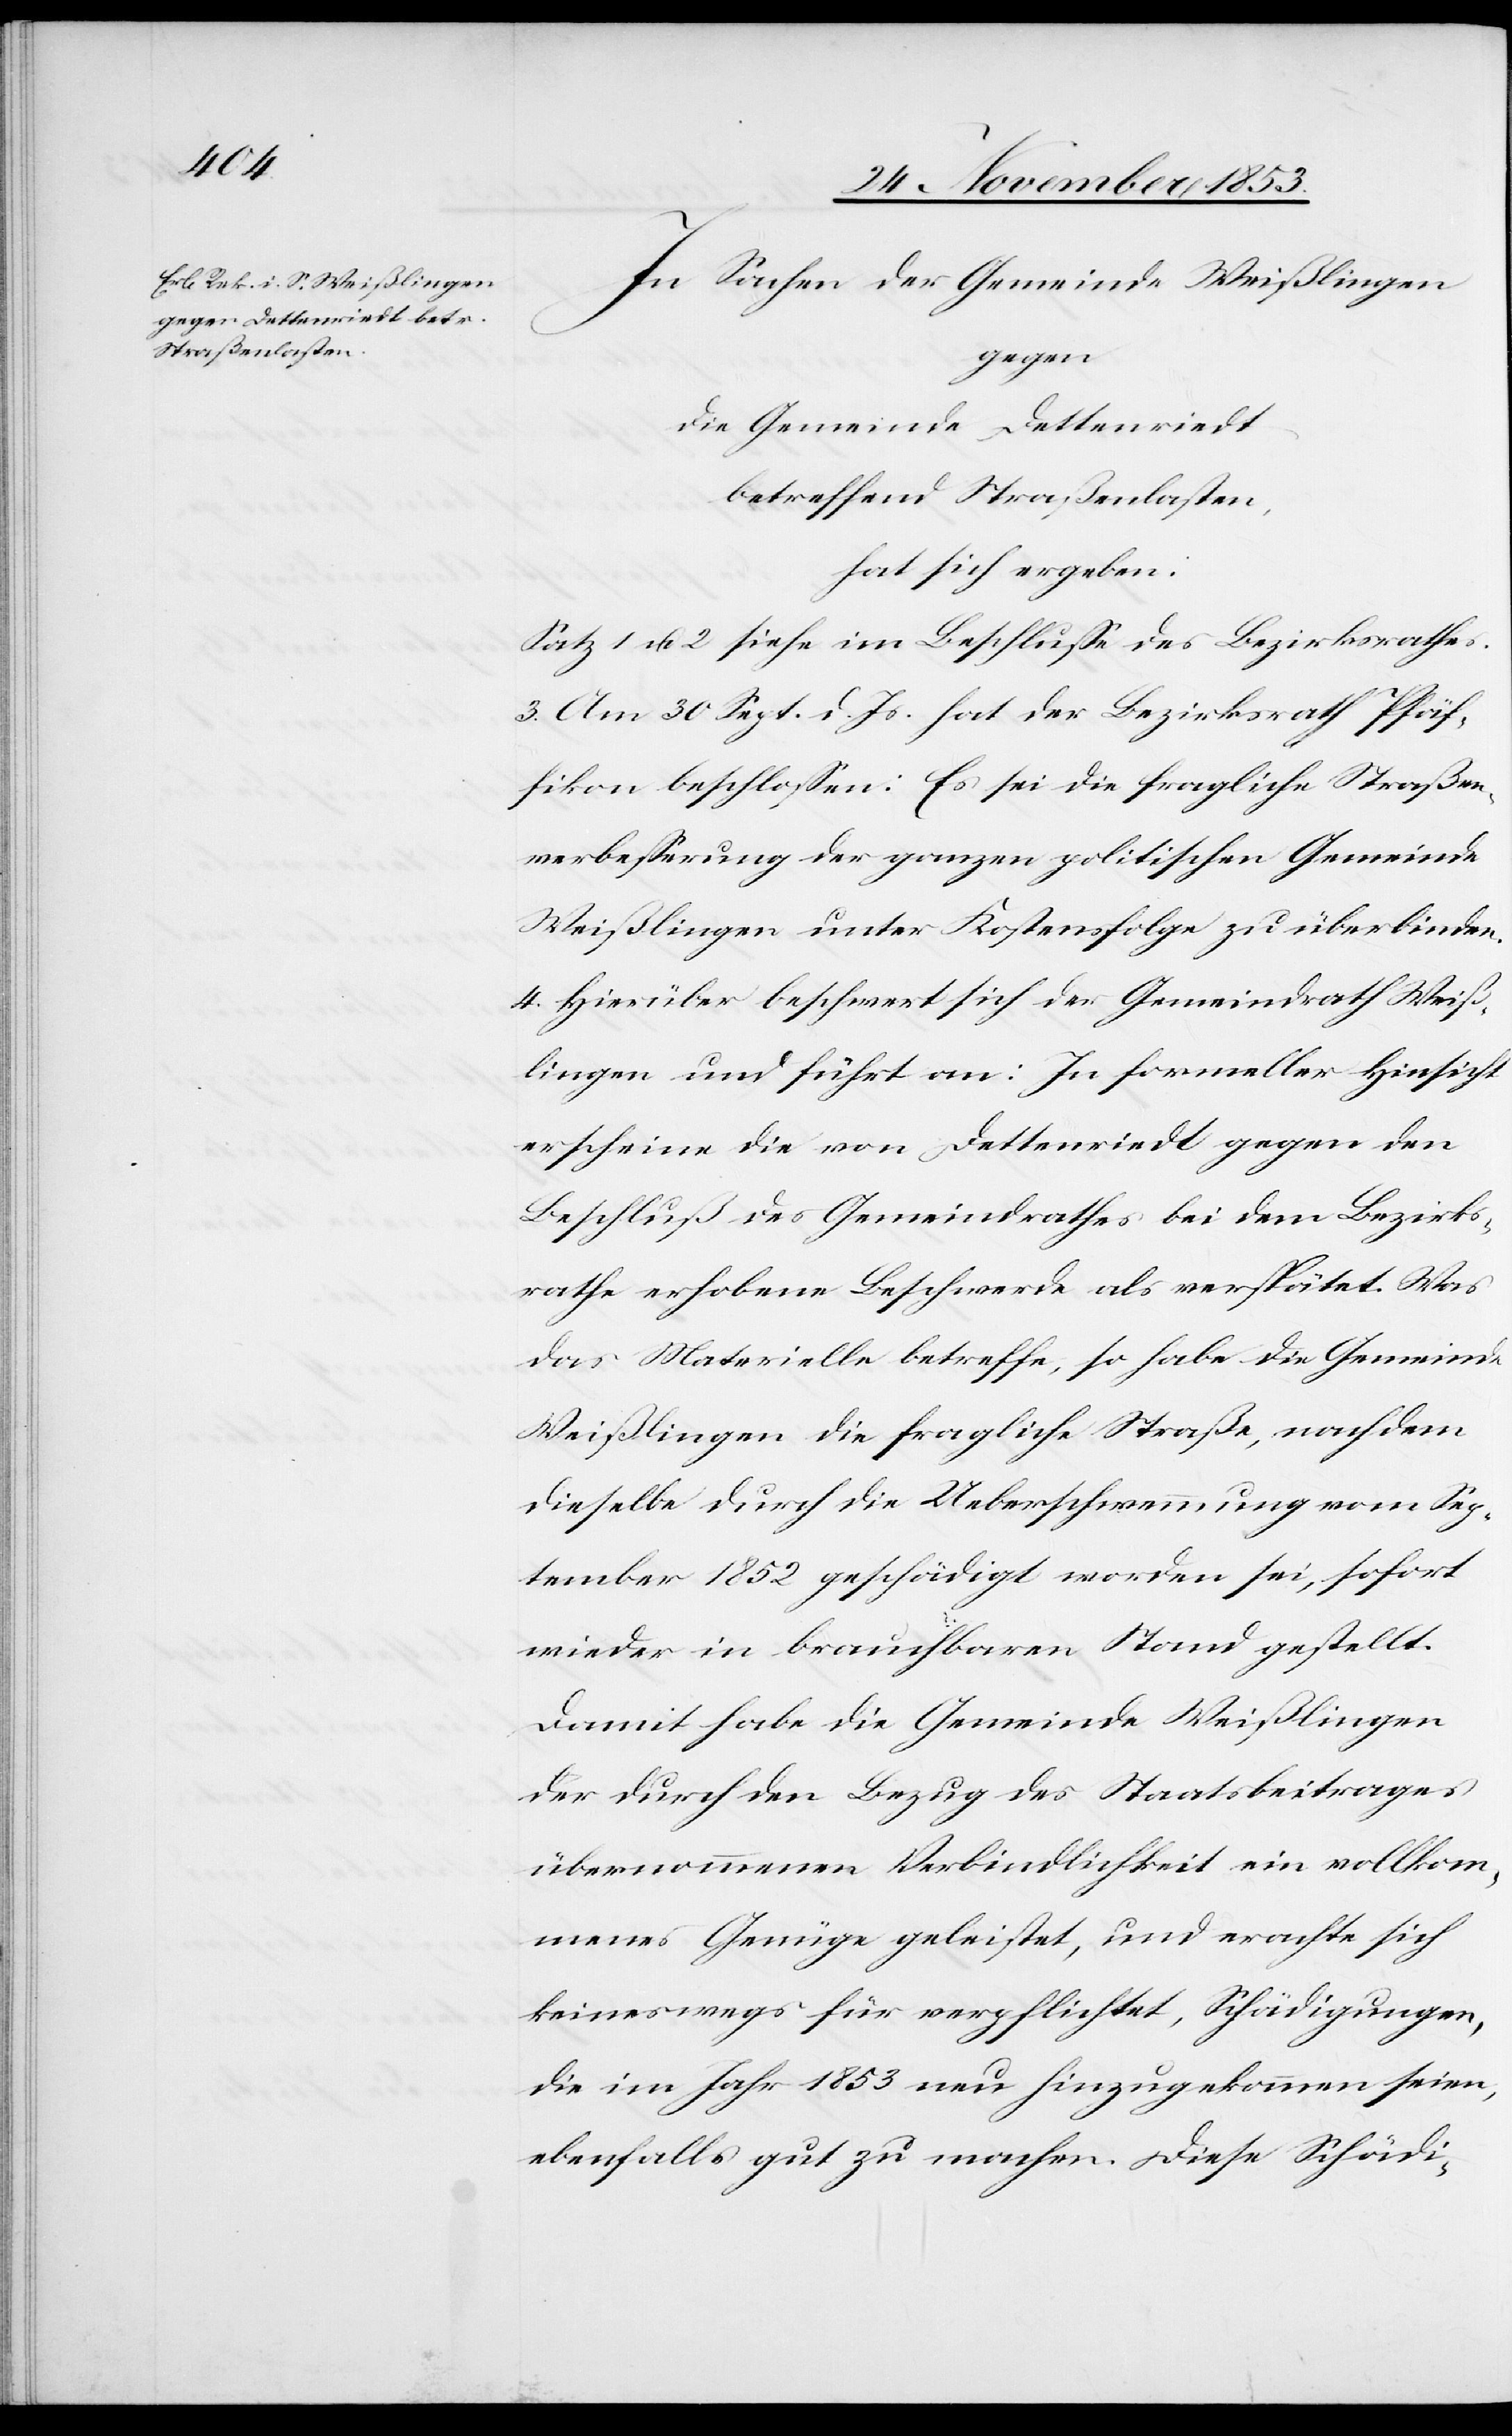
In Sachen der Gemeinde Weißlingen
gegen
die Gemeinde Dettenriedt
betreffend Straßenlasten,
hat sich ergeben:
Satz 1 u. 2 siehe im Beschluß des Bezirksrathes.
3. Am 30 Sept. l. Js. hat der Bezirksrath Pfäf¬
fikon beschloßen: Es sei die fragliche Straßen¬
verbeßerung der ganzen politischen Gemeinde
Weißlingen unter Kostenfolge zu überbinden.
4. Hierüber beschwert sich der Gemeindrath Weiß¬
lingen und führt an: In formeller Hinsicht
erscheine die von Dettenriedt gegen den
Beschluß des Gemeindrathes bei dem Bezirks¬
rathe erhobene Beschwerde als verspätet. Was
das Materielle betreffe, so habe die Gemeinde
Weißlingen die fragliche Straße, nachdem
dieselbe durch die Ueberschwemmung vom Sep¬
tember 1852 geschädigt worden sei, sofort
wieder in brauchbaren Stand gestellt.
Damit habe die Gemeinde Weißlingen
der durch den Bezug des Staatsbeitrages
übernommenen Verbindlichkeit ein vollkom¬
menes Genüge geleistet, und erachte sich
keineswegs für verpflichtet, Schädigungen,
die im Jahr 1853 nur hinzugekommen seien,
ebenfalls gut zu machen. Diese Schädi-